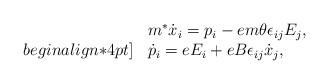
LaTeX: \begin{align*}\begin{array}{ll} &m^*\dot{x}_{i}=p_{i}-em\theta\epsilon_{ij}E_{j}, \\begin{align*}4pt] &\dot{p}_{i}=eE_{i}+eB\epsilon_{ij}\dot{x}_{j}, \end{array}\end{align*}